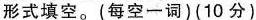
形式填空。(每空一词)(10 分)